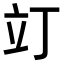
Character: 𫞻